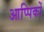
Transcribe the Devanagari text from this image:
आप्पिकों